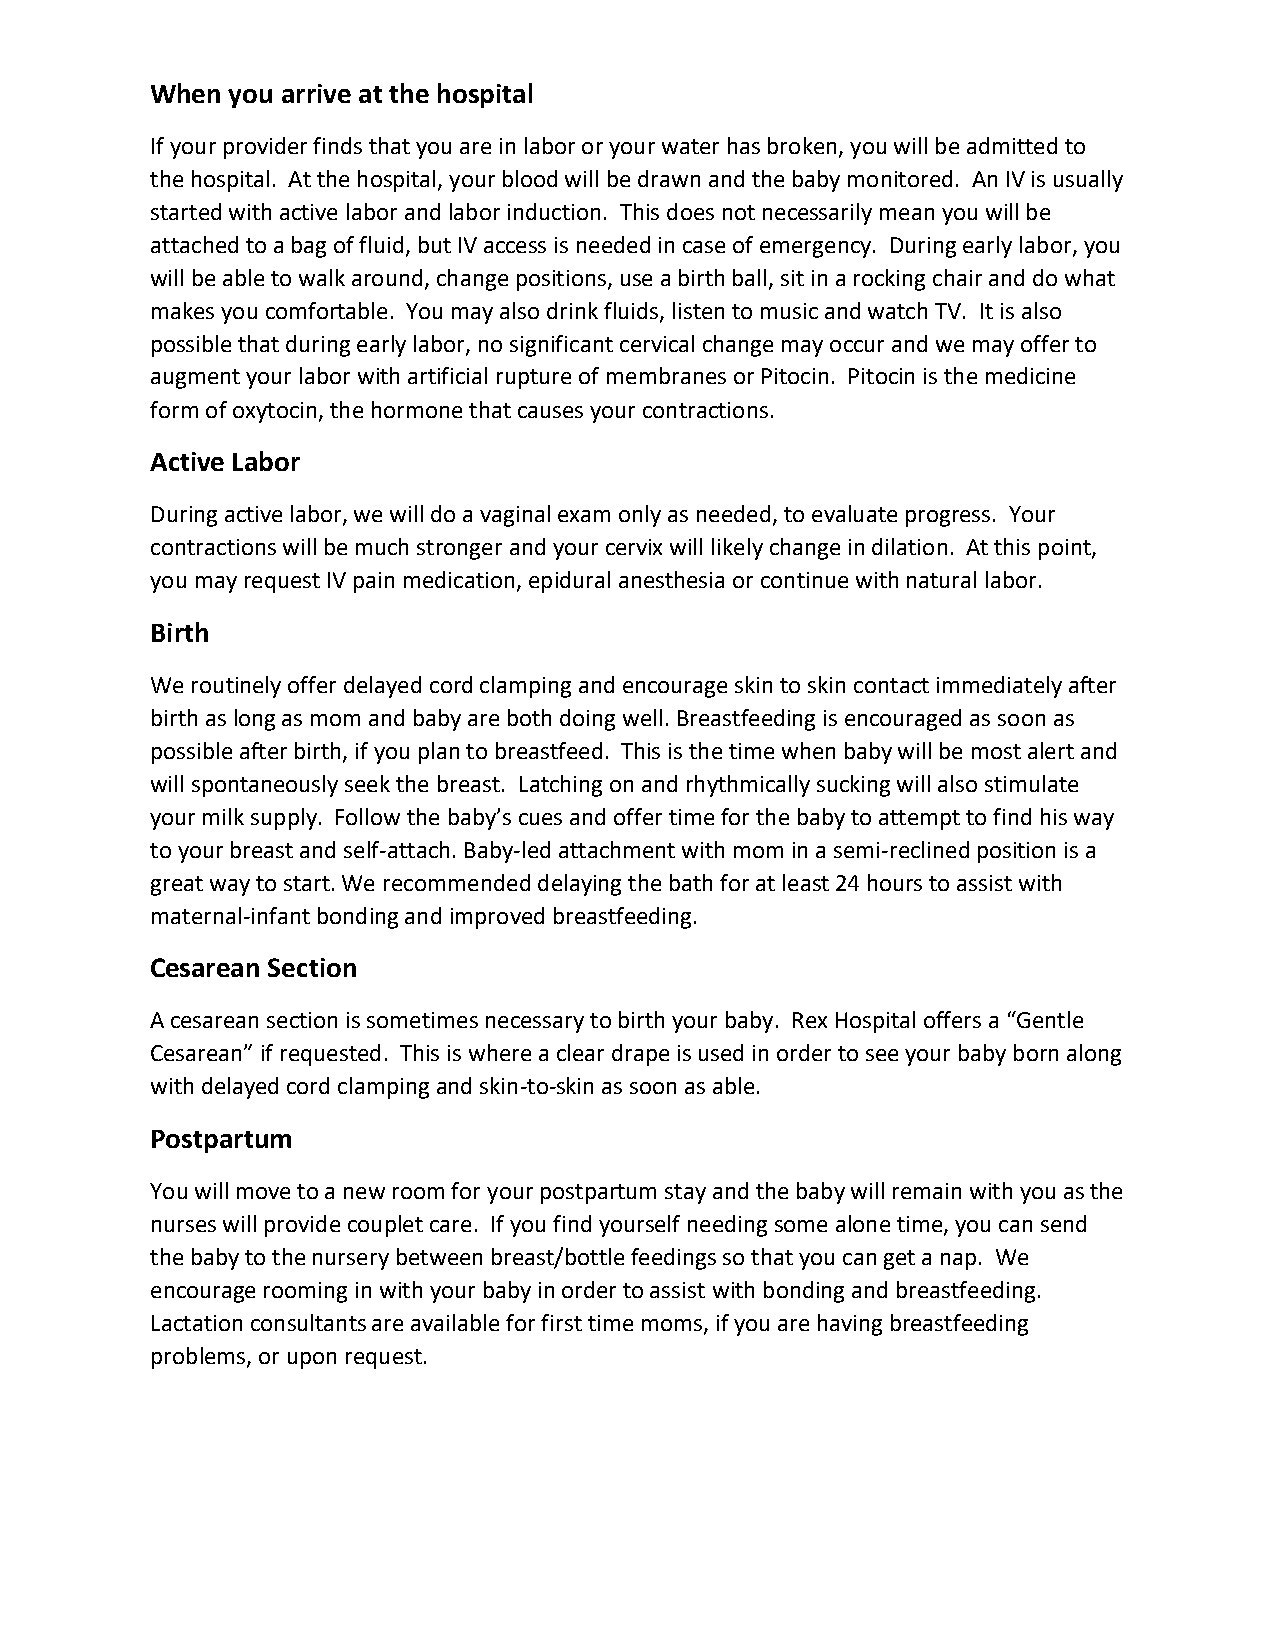
When you arrive at the hospital
 If your provider finds that you are in labor or your water has broken, you will be admitted to
 the hospital. At the hospital, your blood will be drawn and the baby monitored. An IV is usually
 started with active labor and labor induction. This does not necessarily mean you will be
 attached to a bag of fluid, but IV access is needed in case of emergency. During early labor, you
 will be able to walk around, change positions, use a birth ball, sit in a rocking chair and do what
 makes you comfortable. You may also drink fluids, listen to music and watch TV. It is also
 possible that during early labor, no significant cervical change may occur and we may offer to
 augment your labor with artificial rupture of membranes or Pitocin. Pitocin is the medicine
 form of oxytocin, the hormone that causes your contractions.
 Active Labor
 During active labor, we will do a vaginal exam only as needed, to evaluate progress. Your
 contractions will be much stronger and your cervix will likely change in dilation. At this point,
 you may request IV pain medication, epidural anesthesia or continue with natural labor.
 Birth
 We routinely offer delayed cord clamping and encourage skin to skin contact immediately after
 birth as long as mom and baby are both doing well. Breastfeeding is encouraged as soon as
 possible after birth, if you plan to breastfeed. This is the time when baby will be most alert and
 will spontaneously seek the breast. Latching on and rhythmically sucking will also stimulate
 your milk supply. Follow the baby’s cues and offer time for the baby to attempt to find his way
 to your breast and self-attach. Baby-led attachment with mom in a semi-reclined position is a
 great way to start. We recommended delaying the bath for at least 24 hours to assist with
 maternal-infant bonding and improved breastfeeding.
 Cesarean Section
 A cesarean section is sometimes necessary to birth your baby. Rex Hospital offers a “Gentle
 Cesarean” if requested. This is where a clear drape is used in order to see your baby born along
 with delayed cord clamping and skin-to-skin as soon as able.
 Postpartum
 You will move to a new room for your postpartum stay and the baby will remain with you as the
 nurses will provide couplet care. If you find yourself needing some alone time, you can send
 the baby to the nursery between breast/bottle feedings so that you can get a nap. We
 encourage rooming in with your baby in order to assist with bonding and breastfeeding.
 Lactation consultants are available for first time moms, if you are having breastfeeding
 problems, or upon request.